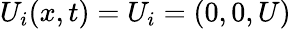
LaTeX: U_{i}(x,t)=U_{i}=(0,0,U)